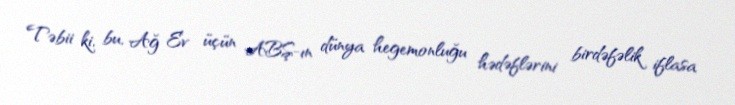
Təbii ki, bu, Ağ Ev üçün ABŞ-ın dünya hegemonluğu hədəflərini birdəfəlik iflasa